Annual report of the Central Committee of the Association together with the report of the directors of the Pasteur Institute at Kasauli
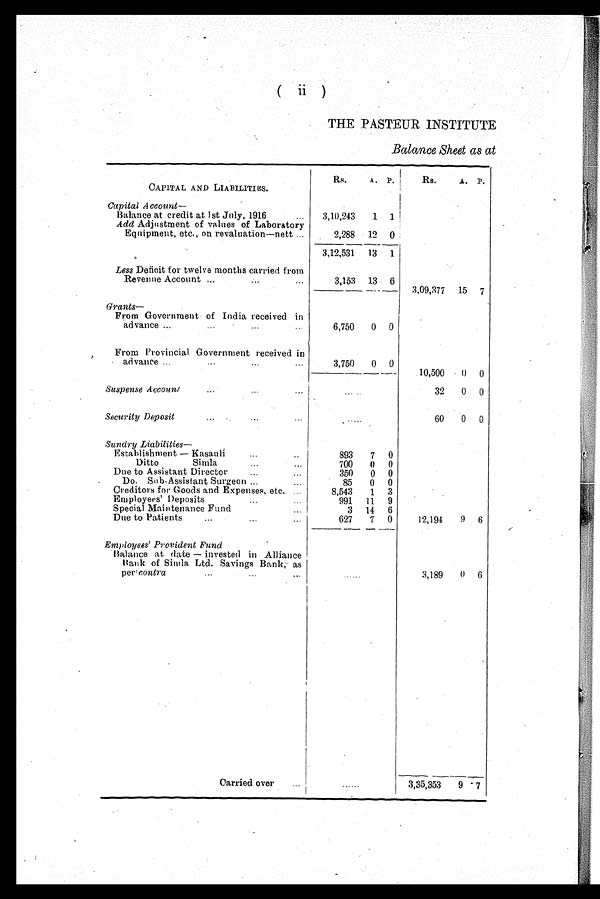
( ii )
THE PASTEUR INSTITUTE
Balance Sheet as at
Rs.
A. P.
Rs.
A. P.
CAPITAL AND LIABILITIES.
Capital A
ccount—
Balance at credit at 1st July, 1916
...
3,10,243
1
1
Add Adjustment of values of Laboratory
Equipment, etc., on revaluation—nett ...
2,288
12
0
3,12,531
---
13
1
Less Deficit for twelve months carried from
Revenue Account ...
.-..
. . .
3,153
13 6
3,09,377
15
7
Grants—
From Government of India received in
advance ...
...
-
......
6,750
0
0
From Provincial Government received in
'
- advance ......
...
...
3,750
0
0
10,500
0
0
Suspense Account
32
0 0
Security Deposit
...
. ...
60
0
0
Sundry Liabilities
Establishment — Kasauli..
893
7
0
Ditto
Simla.. .
...
0
0
...
Due to Assistant Director..
0
0
Do. Sub-Assistant Surgeon ......
85
0
0
Creditors for Goods and Expenses, etc.
8,543
1
3
Employees' Deposits...
991
11
9
Special Maintenance Fund
3
14
6
Due to Patients
627
7
0
12,194
9
6
Employees' Provident Fund
Balance at date — invested in Alliance
Bank of Simla. Ltd. Savings Bank, as
...
...
per contra
...
3,189
0
6
Carried over
.. ......
3 , 3 5 , 3 5 3
9
7